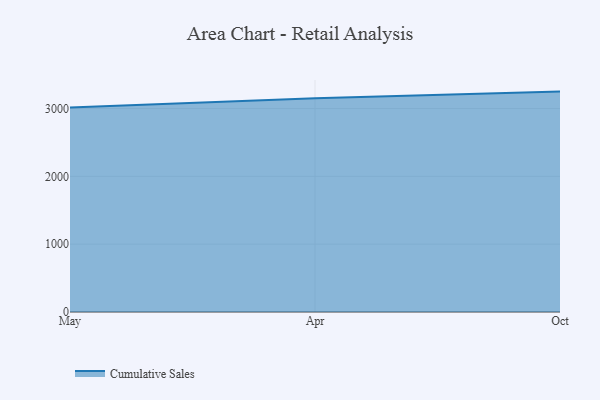
{"axis": {"x": "Month", "y": "Demand Index"}, "legend": ["Cumulative Sales"], "data": [{"x": "May", "y": 3016.6, "type": "Cumulative Sales"}, {"x": "Apr", "y": 3152.9, "type": "Cumulative Sales"}, {"x": "Oct", "y": 3249.8, "type": "Cumulative Sales"}]}